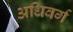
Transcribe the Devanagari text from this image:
अधिवर्ग